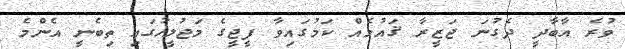
ވުރެ އާބާދީ ދެގުނަ ޖަޒީރާ ޤައުމެއް ކަމުގައިވާ ފީޖީގެ މަޖުލީހުގައި ތިބެނީ އެންމެ